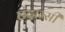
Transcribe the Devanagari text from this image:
छंदाम्सी